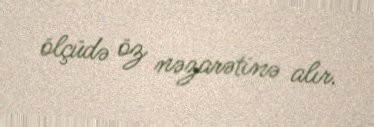
ölçüdə öz nəzarətinə alır.